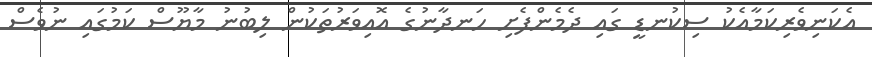
އެކަނިވެރިކަމާއެކު ސިކުނޑީ ގައި ދެމެންފެށި ހަނދާނުގެ އޮއިވަރުތަކުން ލިބުނު މާޔޫސް ކަމުގައި ނުވެސް